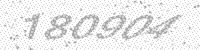
Solution: 180904